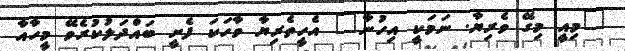
"މިއީ މިގޭ ވެރިޔާ. ނަމަކީ އިހުނާ" އެހީތެރިޔާ ވާހަކަ ފެށީ ބައްދަލުކުރެވޭ މީހާއާ